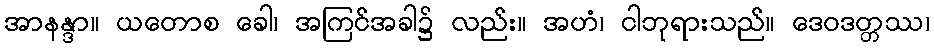
အာနန္ဒာ။ ယတောစ ခေါ၊ အကြင်အခါ၌ လည်း။ အဟံ၊ ငါဘုရားသည်။ ဒေဝဒတ္တဿ၊